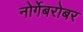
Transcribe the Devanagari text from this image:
नोर्गेबरोबर